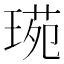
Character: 𤧌